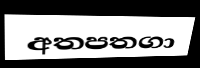
අතපතගා